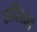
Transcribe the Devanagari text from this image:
राविवर्मा